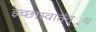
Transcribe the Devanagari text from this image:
इच्छास्वातंत््रय